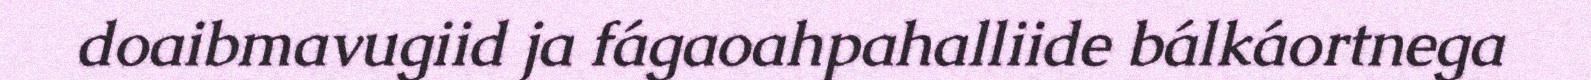
doaibmavugiid ja fágaoahpahalliide bálkáortnega